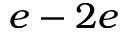
e - 2 e